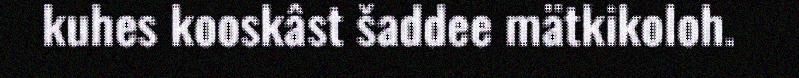
kuhes kooskâst šaddee mätkikoloh.